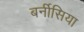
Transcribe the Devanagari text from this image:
बर्नीसिया